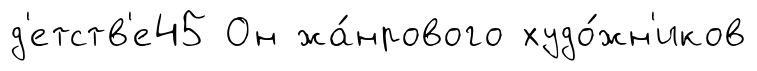
д'етств'е45 Он жа́нрового худо́жн'иков